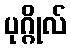
ပုဂ္ဂိုလ်